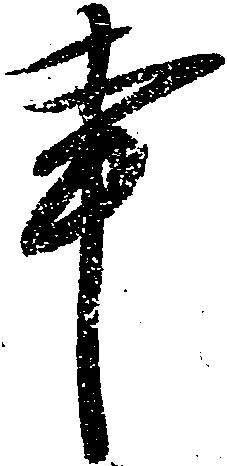
事